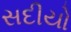
સદીયો